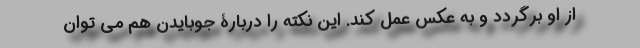
از او برگردد و به عکس عمل کند. این نکته را دربارۀ جوبایدن هم می توان